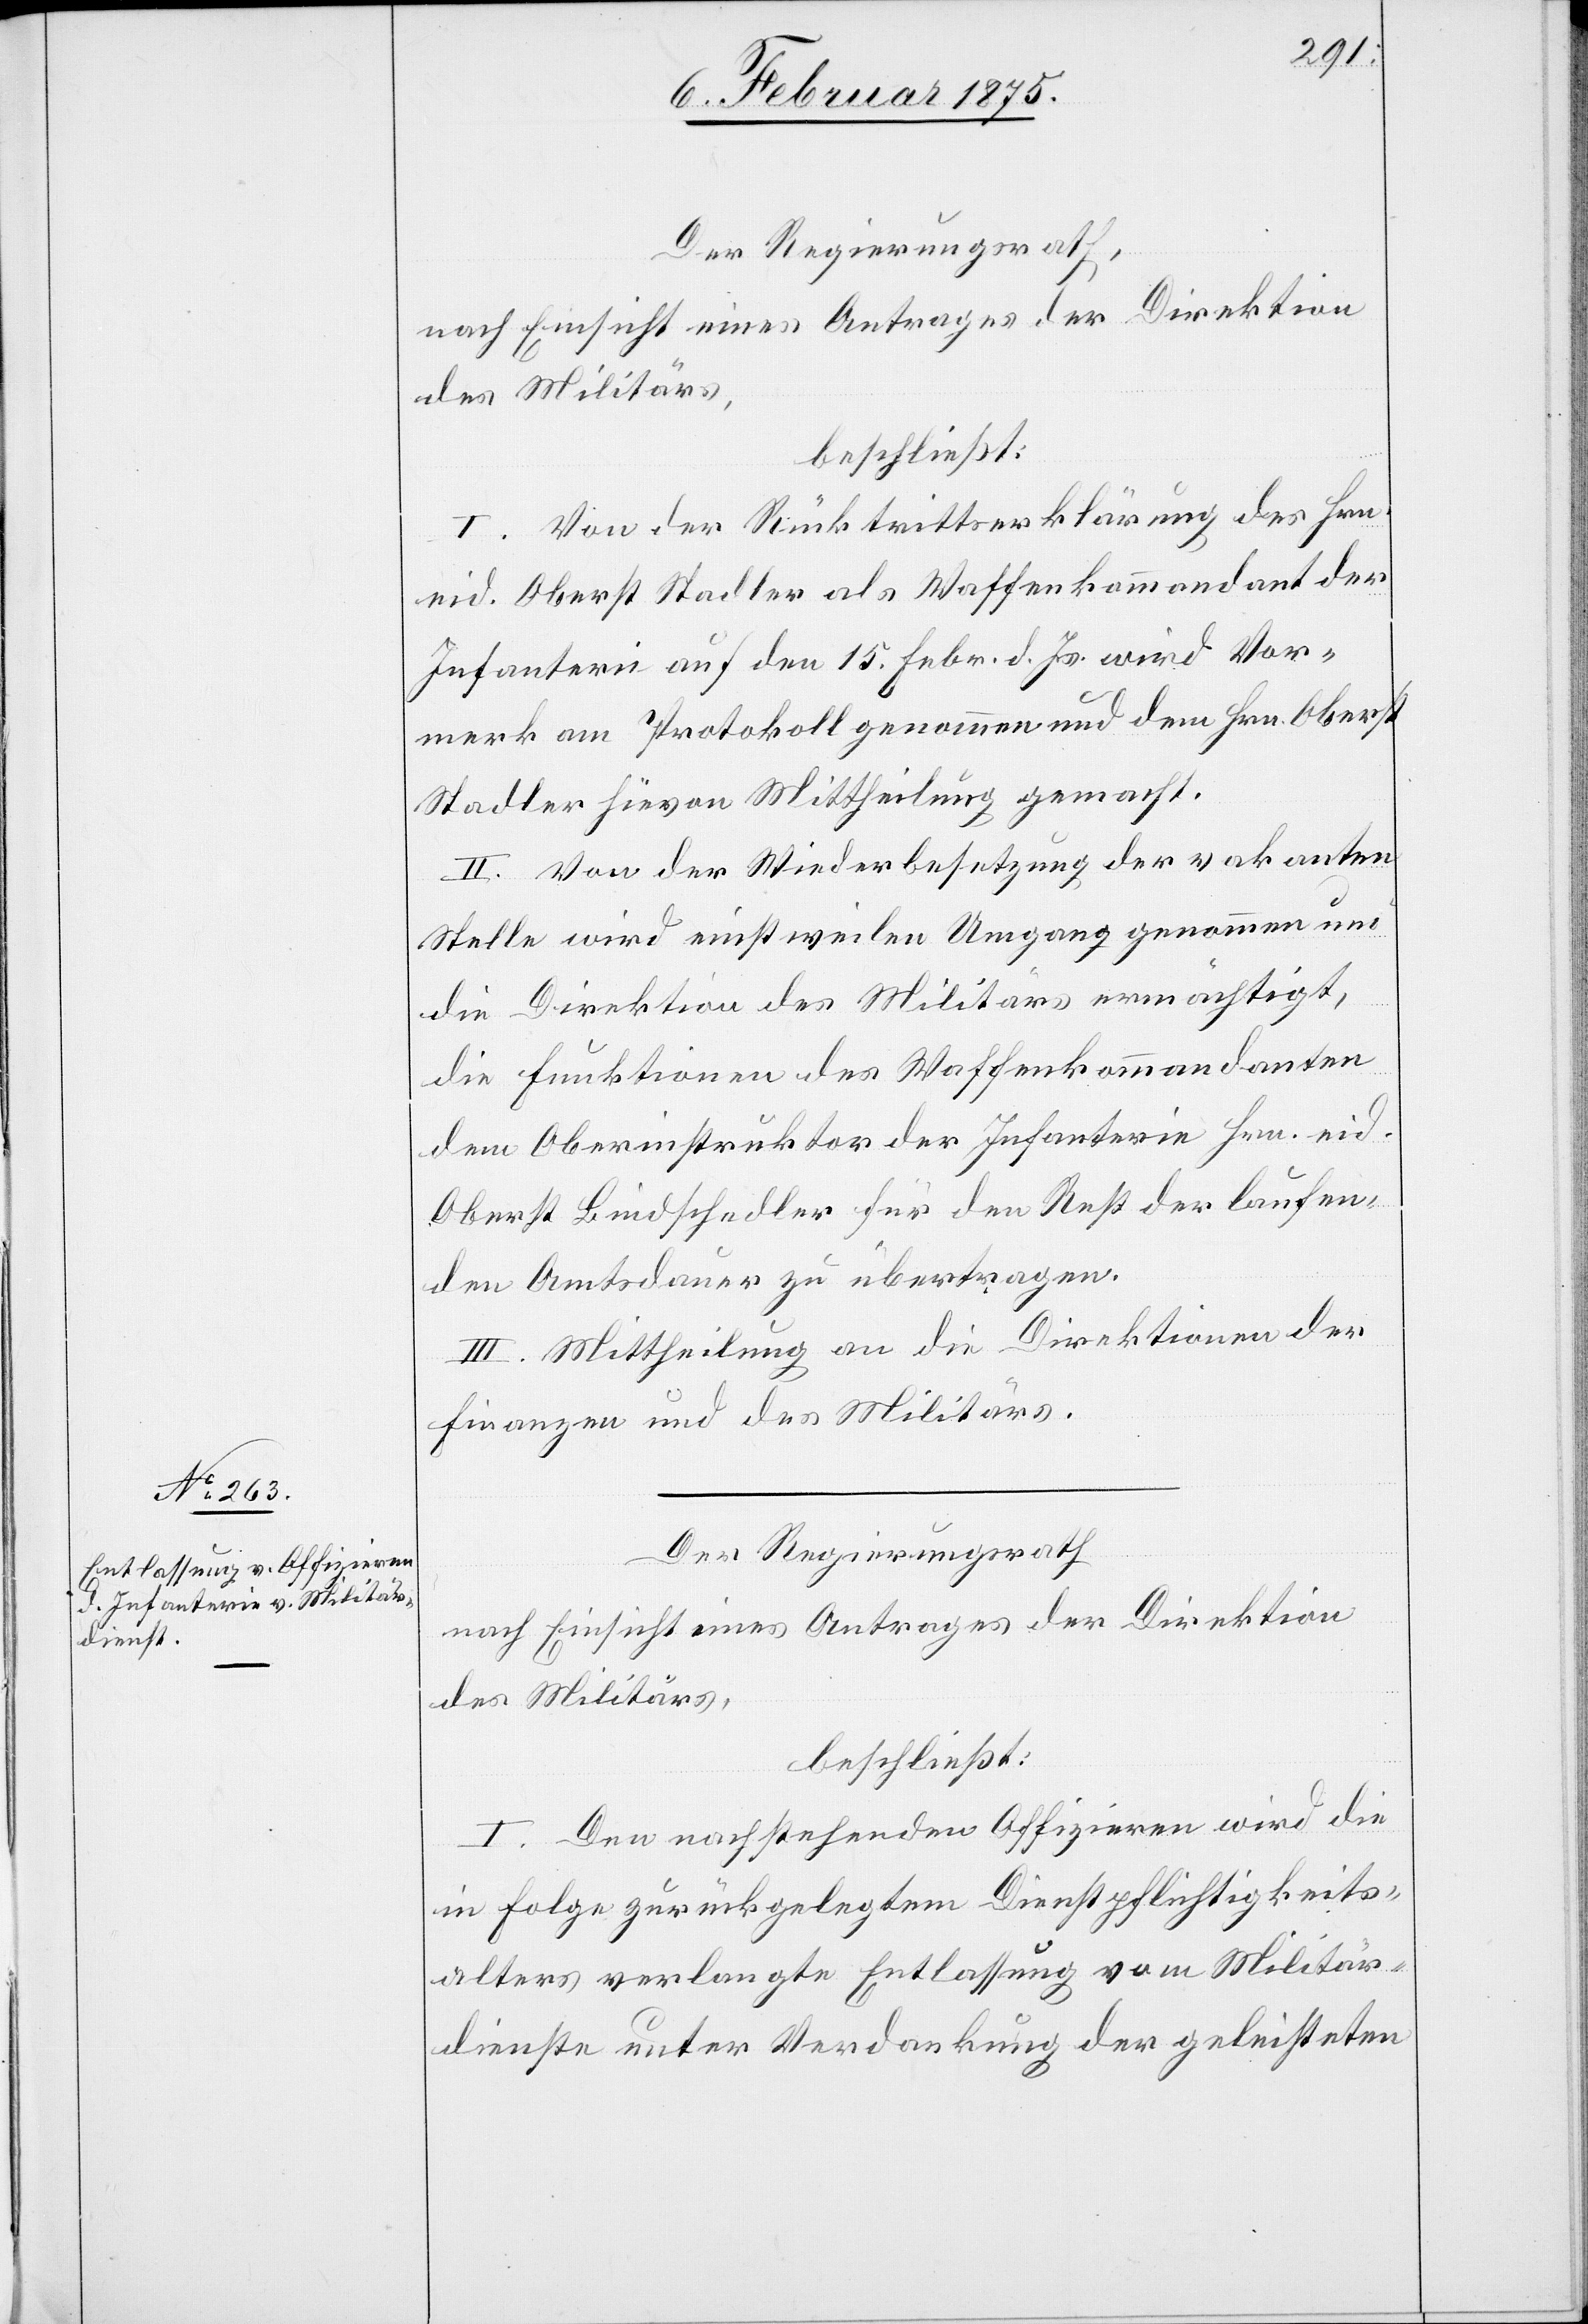
Der Regierungsrath,
nach Einsicht eines Antrages der Direktion
des Militärs,
beschließt:
I. Von der Rücktrittserklärung des Hrn.
eid. Oberst Stadler als Waffenkommandant der
Infanterie auf den 15. Febr. d. Js. wird Vor¬
merk am Protokoll genommen und dem Hrn. Oberst
Stadler hievon Mittheilung gemacht.
II. Von der Wiederbesetzung der vakanten
Stelle wird einstweilen Umgang genommen und
die Direktion des Militärs ermächtigt,
die Funktionen des Waffenkommandanten
dem Oberinstruktor der Infanterie Hrn. eid.
Oberst Bindschedler für den Rest der laufen¬
den Amtsdauer zu übertragen.
III. Mittheilung an die Direktionen der
Finanzen und des Militärs.
Der Regierungsrath
nach Einsicht eines Antrages der Direktion
des Militärs,
beschließt:
I. Den nachstehenden Offizieren wird die
in Folge zurückgelegtem Dienstpflichtigkeits¬
alters verlangte Entlassung vom Militär¬
dienste unter Verdankung der geleisteten